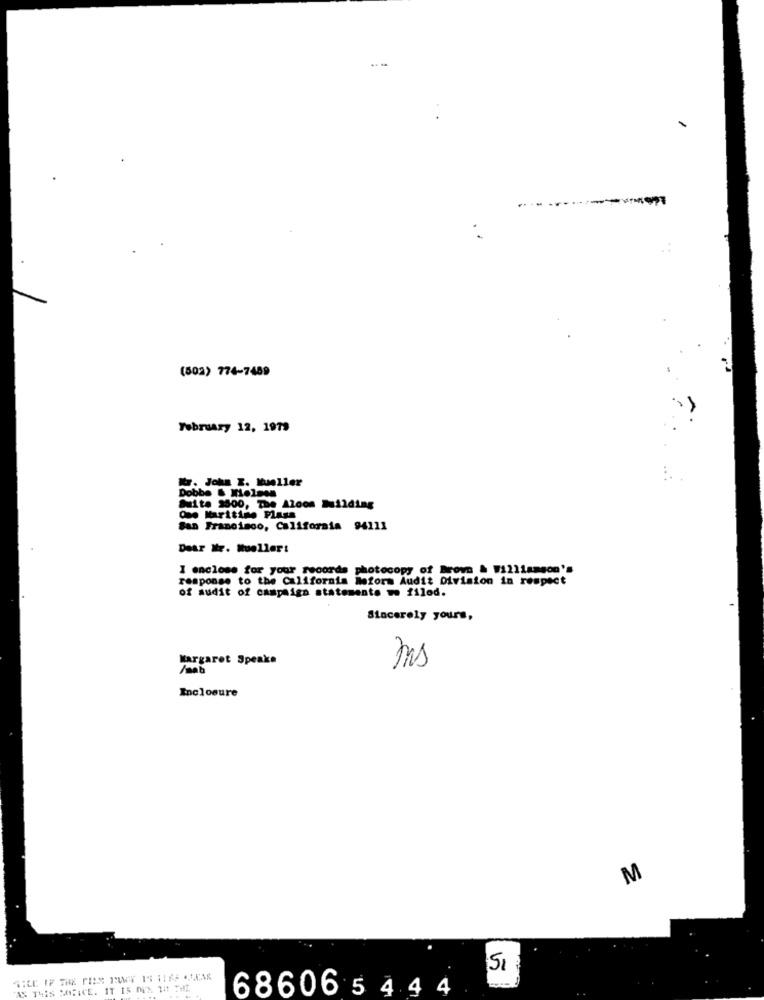
(502) 774-7489
February 12, 1979
WW. John I. Mueller
Dobbe & Mieless
Suite 3800, The Aloom building
Que Maritino Plass
San Francisco, California 94111
Dear Mr. Mueller:
I enclose for your records photocopy of Brown & #1211amson's
response to the California Reform Audit Division in respect
of audit of campaign statements wo filed.
Sincerely yours,
Margaret Speake
ms
Inclosure
M
5
686065 444